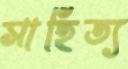
সাহিত্য